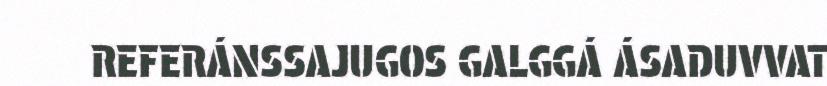
REFERÁNSSAJUGOS GALGGÁ ÁSADUVVAT